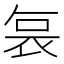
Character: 𭈆